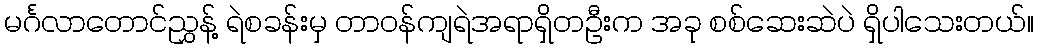
မင်္ဂလာတောင်ညွှန့် ရဲစခန်းမှ တာဝန်ကျရဲအရာရှိတဦးက အခု စစ်ဆေးဆဲပဲ ရှိပါသေးတယ်။